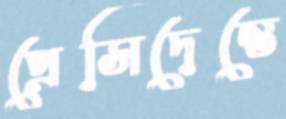
প্রেসিদেন্তে